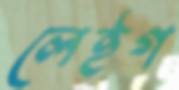
লেইগ